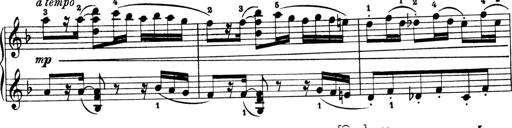
Title: 4 Sonatines
Composer: Max Reger